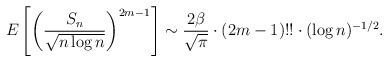
LaTeX: \begin{align*} E\left[\left(\dfrac{S_n}{\sqrt{n \log n}}\right)^{2m-1}\right] \sim \dfrac{2\beta}{\sqrt{\pi}}\cdot (2m-1)!! \cdot (\log n)^{-1/2}. \end{align*}